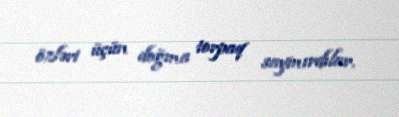
özləri üçün doğma torpaq saymırdılar.